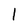
Character: l